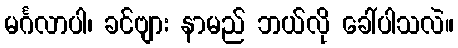
မင်္ဂလာပါ၊ ခင်ဗျား နာမည် ဘယ်လို ခေါ်ပါသလဲ။